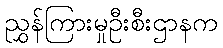
ညွှန်ကြားမှုဦးစီးဌာနက